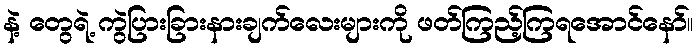
နဲ့ တွေရဲ့ ကွဲပြားခြားနားချက်လေးများကို ဖတ်ကြည့်ကြရအောင်နော်။